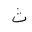
Letter: _tha